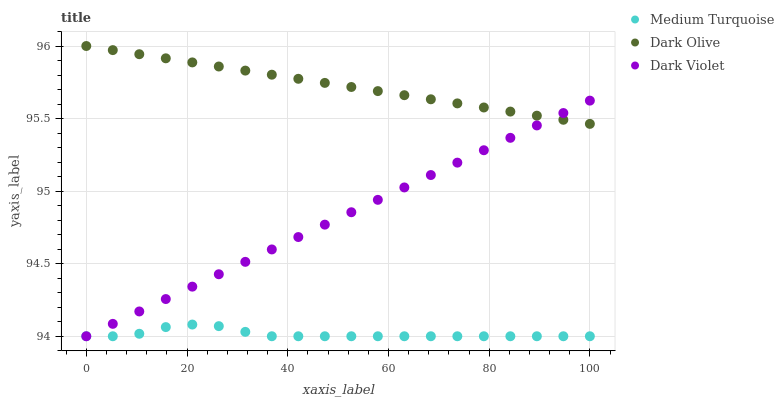
| xaxis_label | Medium Turquoise | Dark Olive | Dark Violet |
 | --- | --- | --- | --- |
 | 0 | 94 | 96 | 94 |
 | 5.26 | 94 | 96 | 94.1 |
 | 10.5 | 94 | 95.9 | 94.2 |
 | 15.8 | 94.1 | 95.9 | 94.3 |
 | 21.1 | 94.1 | 95.9 | 94.3 |
 | 26.3 | 94.1 | 95.9 | 94.4 |
 | 31.6 | 94 | 95.8 | 94.5 |
 | 36.8 | 94 | 95.8 | 94.6 |
 | 42.1 | 94 | 95.8 | 94.7 |
 | 47.4 | 94 | 95.7 | 94.8 |
 | 52.6 | 94 | 95.7 | 94.9 |
 | 57.9 | 94 | 95.7 | 94.9 |
 | 63.2 | 94 | 95.7 | 95 |
 | 68.4 | 94 | 95.6 | 95.1 |
 | 73.7 | 94 | 95.6 | 95.2 |
 | 78.9 | 94 | 95.6 | 95.3 |
 | 84.2 | 94 | 95.5 | 95.4 |
 | 89.5 | 94 | 95.5 | 95.5 |
 | 94.7 | 94 | 95.5 | 95.5 |
 | 100 | 94 | 95.5 | 95.6 |